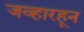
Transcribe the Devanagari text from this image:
जव्हारहून